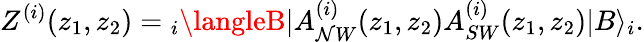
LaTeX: Z^{(i)}(z_{1},z_{2})={}_{i}\langleB|A_{\mathcal{N}W}^{(i)}(z_{1},z_{2})A_{SW}^{(i)}(z_{1},z_{2})|B\rangle_{i}.